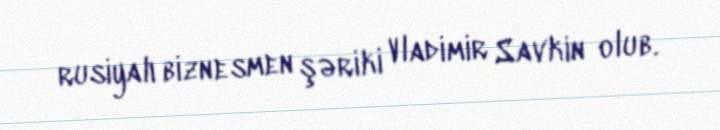
rusiyalı biznesmen şəriki Vladimir Savkin olub.